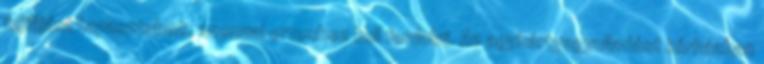
fejfájást tapasztalunk, azonnal orvoshoz kell fordulni. Az agyhártyagyulladást kórházban